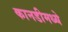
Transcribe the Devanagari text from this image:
कानडीमध्ये